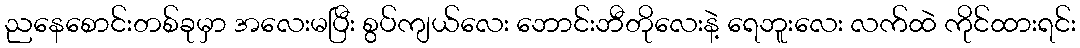
ညနေစောင်းတစ်ခုမှာ အလေးမပြီး စွပ်ကျယ်လေး ဘောင်းဘီတိုလေးနဲ့ ရေဘူးလေး လက်ထဲ ကိုင်ထားရင်း